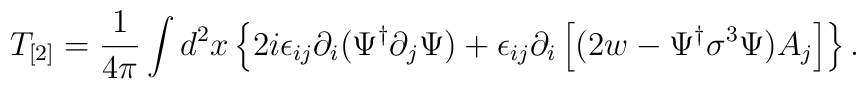
T_{[2]} =\frac{1}{4\pi}\int d^2x\left\{2i\epsilon_{ij}\partial_i(\Psi^\dagger\partial_j\Psi)+\epsilon_{ij}\partial_i\left[(2w-\Psi^\dagger\sigma^3\Psi)A_j\right]\right\}.